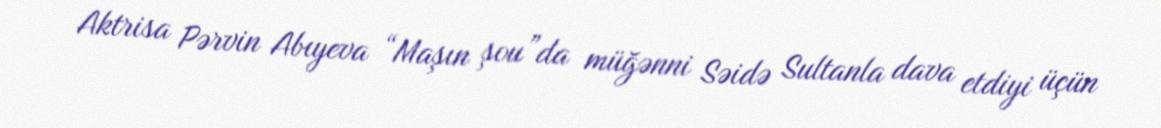
Aktrisa Pərvin Abıyeva “Maşın şou”da müğənni Səidə Sultanla dava etdiyi üçün